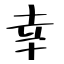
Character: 幸